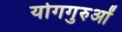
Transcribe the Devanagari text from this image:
योगगुरुओं